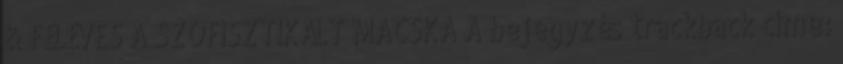
& FÉLÉVES A SZOFISZTIKÁLT MACSKA A bejegyzés trackback címe: